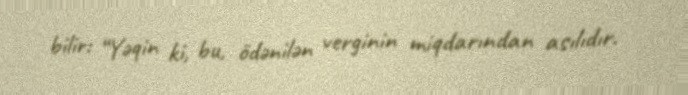
bilir: “Yəqin ki, bu, ödənilən verginin miqdarından asılıdır.